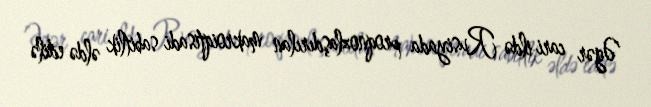
Əgər cari ildə Rusiyada proqnozlaşdırılan makroiqtisadi sabitlik əldə edilə